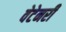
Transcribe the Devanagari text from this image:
वेटेनरी